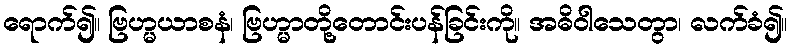
ရောက်၍။ ဗြဟ္မယာစနံ၊ ဗြဟ္မာတို့တောင်းပန်ခြင်းကို။ အဓိဝါသေတွာ၊ လက်ခံ၍။